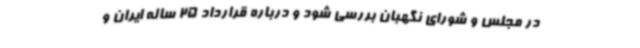
در مجلس و شورای نگهبان بررسی شود و درباره قرارداد 25 ساله ایران و